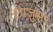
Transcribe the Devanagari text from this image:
छाजुसर